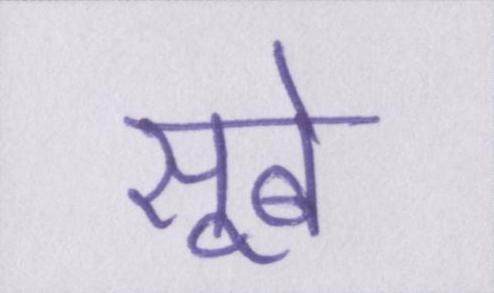
सूबे